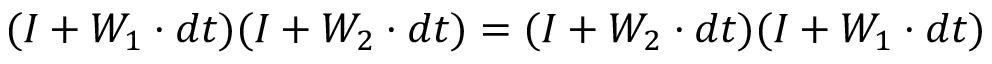
( I + W _ { 1 } \cdot d t ) ( I + W _ { 2 } \cdot d t ) = ( I + W _ { 2 } \cdot d t ) ( I + W _ { 1 } \cdot d t )